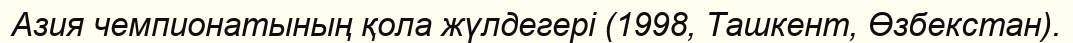
Азия чемпионатының қола жүлдегері (1998, Ташкент, Өзбекстан).